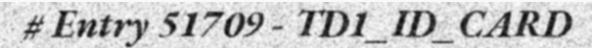
# Entry 51709 - TD1_ID_CARD